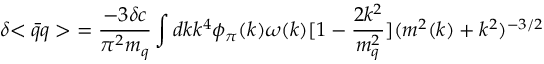
{ \delta { < { \bar { q } } q > } } = { \frac { - 3 { \delta c } } { \pi ^ { 2 } m _ { q } } } \int d k k ^ { 4 } \phi _ { \pi } ( k ) \omega ( k ) [ 1 - { \frac { 2 k ^ { 2 } } { m _ { q } ^ { 2 } } } ] ( m ^ { 2 } ( k ) + k ^ { 2 } ) ^ { - 3 / 2 }